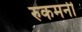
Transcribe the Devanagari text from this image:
रुकमनी